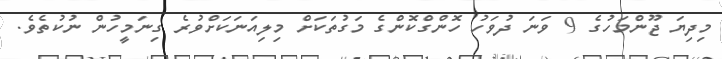
މިދިޔަ ޖޫންމަހުގެ 9 ވަނަ ދުވަހު ހޮންގްކޮންގެ މަގުތަކަށް މިލިއަނަކަށްވުރެ ގިނަމީހުން ނުކުތެވެ.